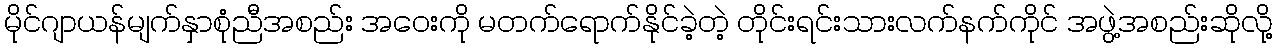
မိုင်ဂျာယန်မျက်နှာစုံညီအစည်း အဝေးကို မတက်ရောက်နိုင်ခဲ့တဲ့ တိုင်းရင်းသားလက်နက်ကိုင် အဖွဲ့အစည်းဆိုလို့